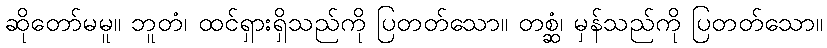
ဆိုတော်မမူ။ ဘူတံ၊ ထင်ရှားရှိသည်ကို ပြတတ်သော။ တစ္ဆံ၊ မှန်သည်ကို ပြတတ်သော။